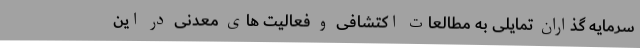
سرمایه گذاران تمایلی به مطالعات اکتشافی و فعالیت های معدنی در این